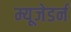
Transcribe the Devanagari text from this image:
म्यूजेडर्न